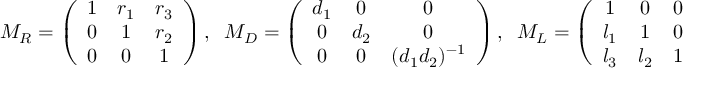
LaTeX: M _ { R } = \left( \begin{array} { c c c } { { 1 } } & { { r _ { 1 } } } & { { r _ { 3 } } } \\ { { 0 } } & { { 1 } } & { { r _ { 2 } } } \\ { { 0 } } & { { 0 } } & { { 1 } } \end{array} \right) , \; \; M _ { D } = \left( \begin{array} { c c c } { { d _ { 1 } } } & { { 0 } } & { { 0 } } \\ { { 0 } } & { { d _ { 2 } } } & { { 0 } } \\ { { 0 } } & { { 0 } } & { { ( d _ { 1 } d _ { 2 } ) ^ { - 1 } } } \end{array} \right) , \; \; M _ { L } = \left( \begin{array} { c c c } { { 1 } } & { { 0 } } & { { 0 } } \\ { { l _ { 1 } } } & { { 1 } } & { { 0 } } \\ { { l _ { 3 } } } & { { l _ { 2 } } } & { { 1 } } \end{array} \right) .